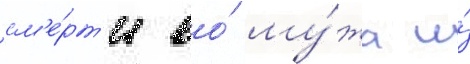
см'е́рт'и ео́ му́жа и́